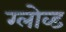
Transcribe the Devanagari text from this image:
ग्लोव्ड